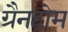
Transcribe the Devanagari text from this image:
ग्रैनहोम